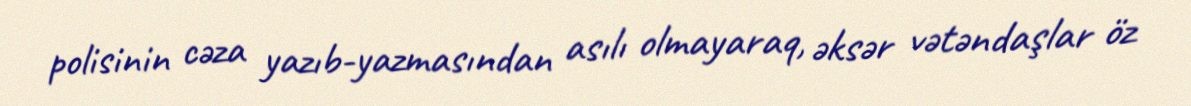
polisinin cəza yazıb-yazmasından asılı olmayaraq, əksər vətəndaşlar öz